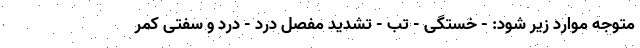
متوجه موارد زیر شود: - خستگی - تب - تشدید مفصل درد - درد و سفتی کمر